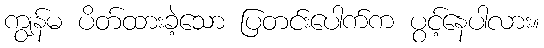
ကျွန်မ ပိတ်ထားခဲ့သော ပြတင်းပေါက်က ပွင့်နေပါလား။